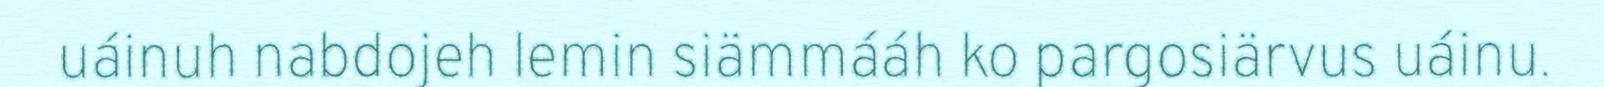
uáinuh nabdojeh lemin siämmááh ko pargosiärvus uáinu.